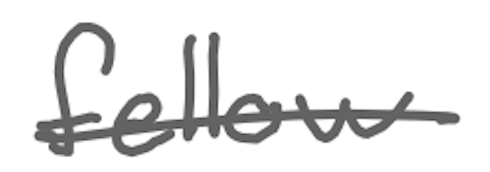
Text: fellow
Cross-out: single-line
Writing tool: digital_gray